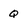
Character: Q